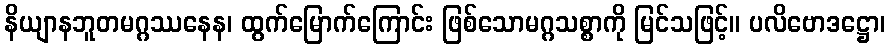
နိယျာနဘူတမဂ္ဂဿနေန၊ ထွက်မြောက်ကြောင်း ဖြစ်သောမဂ္ဂသစ္စာကို မြင်သဖြင့်။ ပလိဗောဒဋ္ဌော၊